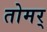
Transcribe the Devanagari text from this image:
तोमर्